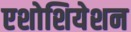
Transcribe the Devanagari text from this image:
एशोशियेशन